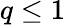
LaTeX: q\leq 1